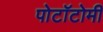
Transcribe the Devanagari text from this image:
पोटॉटोमी